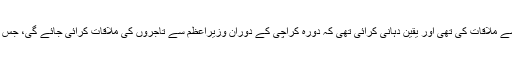
اسی دوران گورنر سندھ عمران اسمٰعیل نے تاجر برادری سے ملاقات کی تھی اور یقین دہانی کرائی تھی کہ دورہ کراچی کے دوران وزیراعظم سے تاجروں کی ملاقات کرائی جائے گی، جس پر تاجر ایکشن کمیٹی نے ہڑتال کا فیصلہ مؤخر کردیا تھا۔